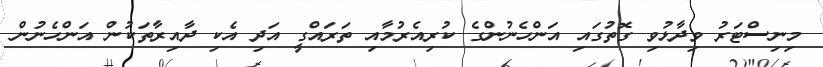
މިނިސްޓަރު ވިދާޅުވި ގޮތުގައި އަންހެނުންގެ ކުރިއެރުމާއި ތަރައްގީ އަދި އެކި ދާއިރާތަކުން އަންހެނުން